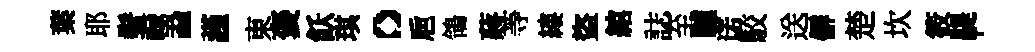
葉耶鬢禄蝨謹東褒飫琪。巵鴒蔣䓁縷盜綰誌至驢诺駮送僻楚坎筱鞮